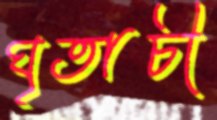
ঘৃতাচী